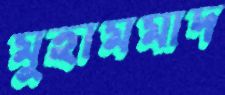
মুহামমাদ